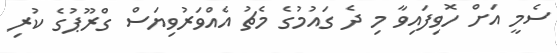
ސެމީ އަށް ހޮވިފައިވާ މި ދެ ގައުމުގެ މެޗު އެއްވަރުވިޔަސް ގްރޫޕުގެ ކުރި